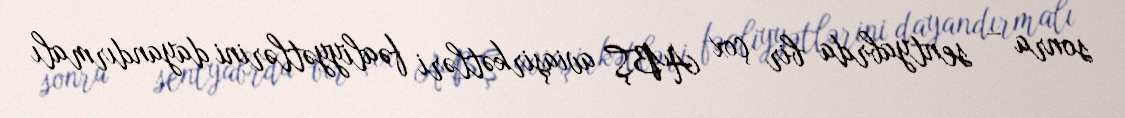
sonra – sentyabrda bir çox ABŞ aviaşirkətləri fəaliyyətlərini dayandırmalı